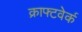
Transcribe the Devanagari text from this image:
क्राफ्टवेर्क